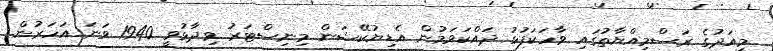
މިއަދުގެ ރަސްމިއްޔާތުގައި ވާހަކަފުޅު ދައްކަވަމުން އެޑިޔުކޭޝަން މިނިސްޓަރު ވިދާޅުވީ 1940 ވަނަ އަހަރުން